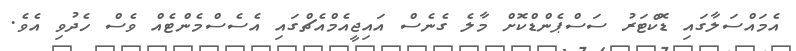
އެމައްސަލާގައި ޑޮކްޓަރު ސަސްޕެންޑްކޮށް މާލެ ގެނެސް އައިޖީއެމްއެޗްގައި އެސެސްމެންޓެއް ވެސް ހެދުވި އެވެ.